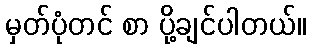
မှတ်ပုံတင် စာ ပို့ချင်ပါတယ်။